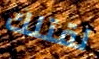
لقتلك